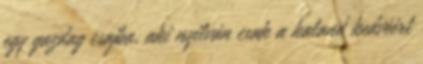
egy gazdag csajba, aki nyilván csak a kaland kedvéért